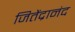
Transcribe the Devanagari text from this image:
जितेंद्रानंद